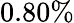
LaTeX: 0.80\%